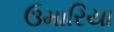
ઉમારિયા